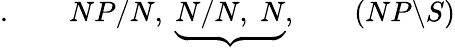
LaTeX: .\qquad NP/N,\; \underbrace{N/N,\; N},\qquad(NP\backslash S)